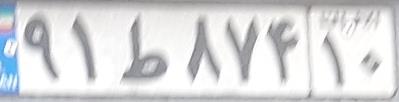
۹۱ط۸۷۴۱۰